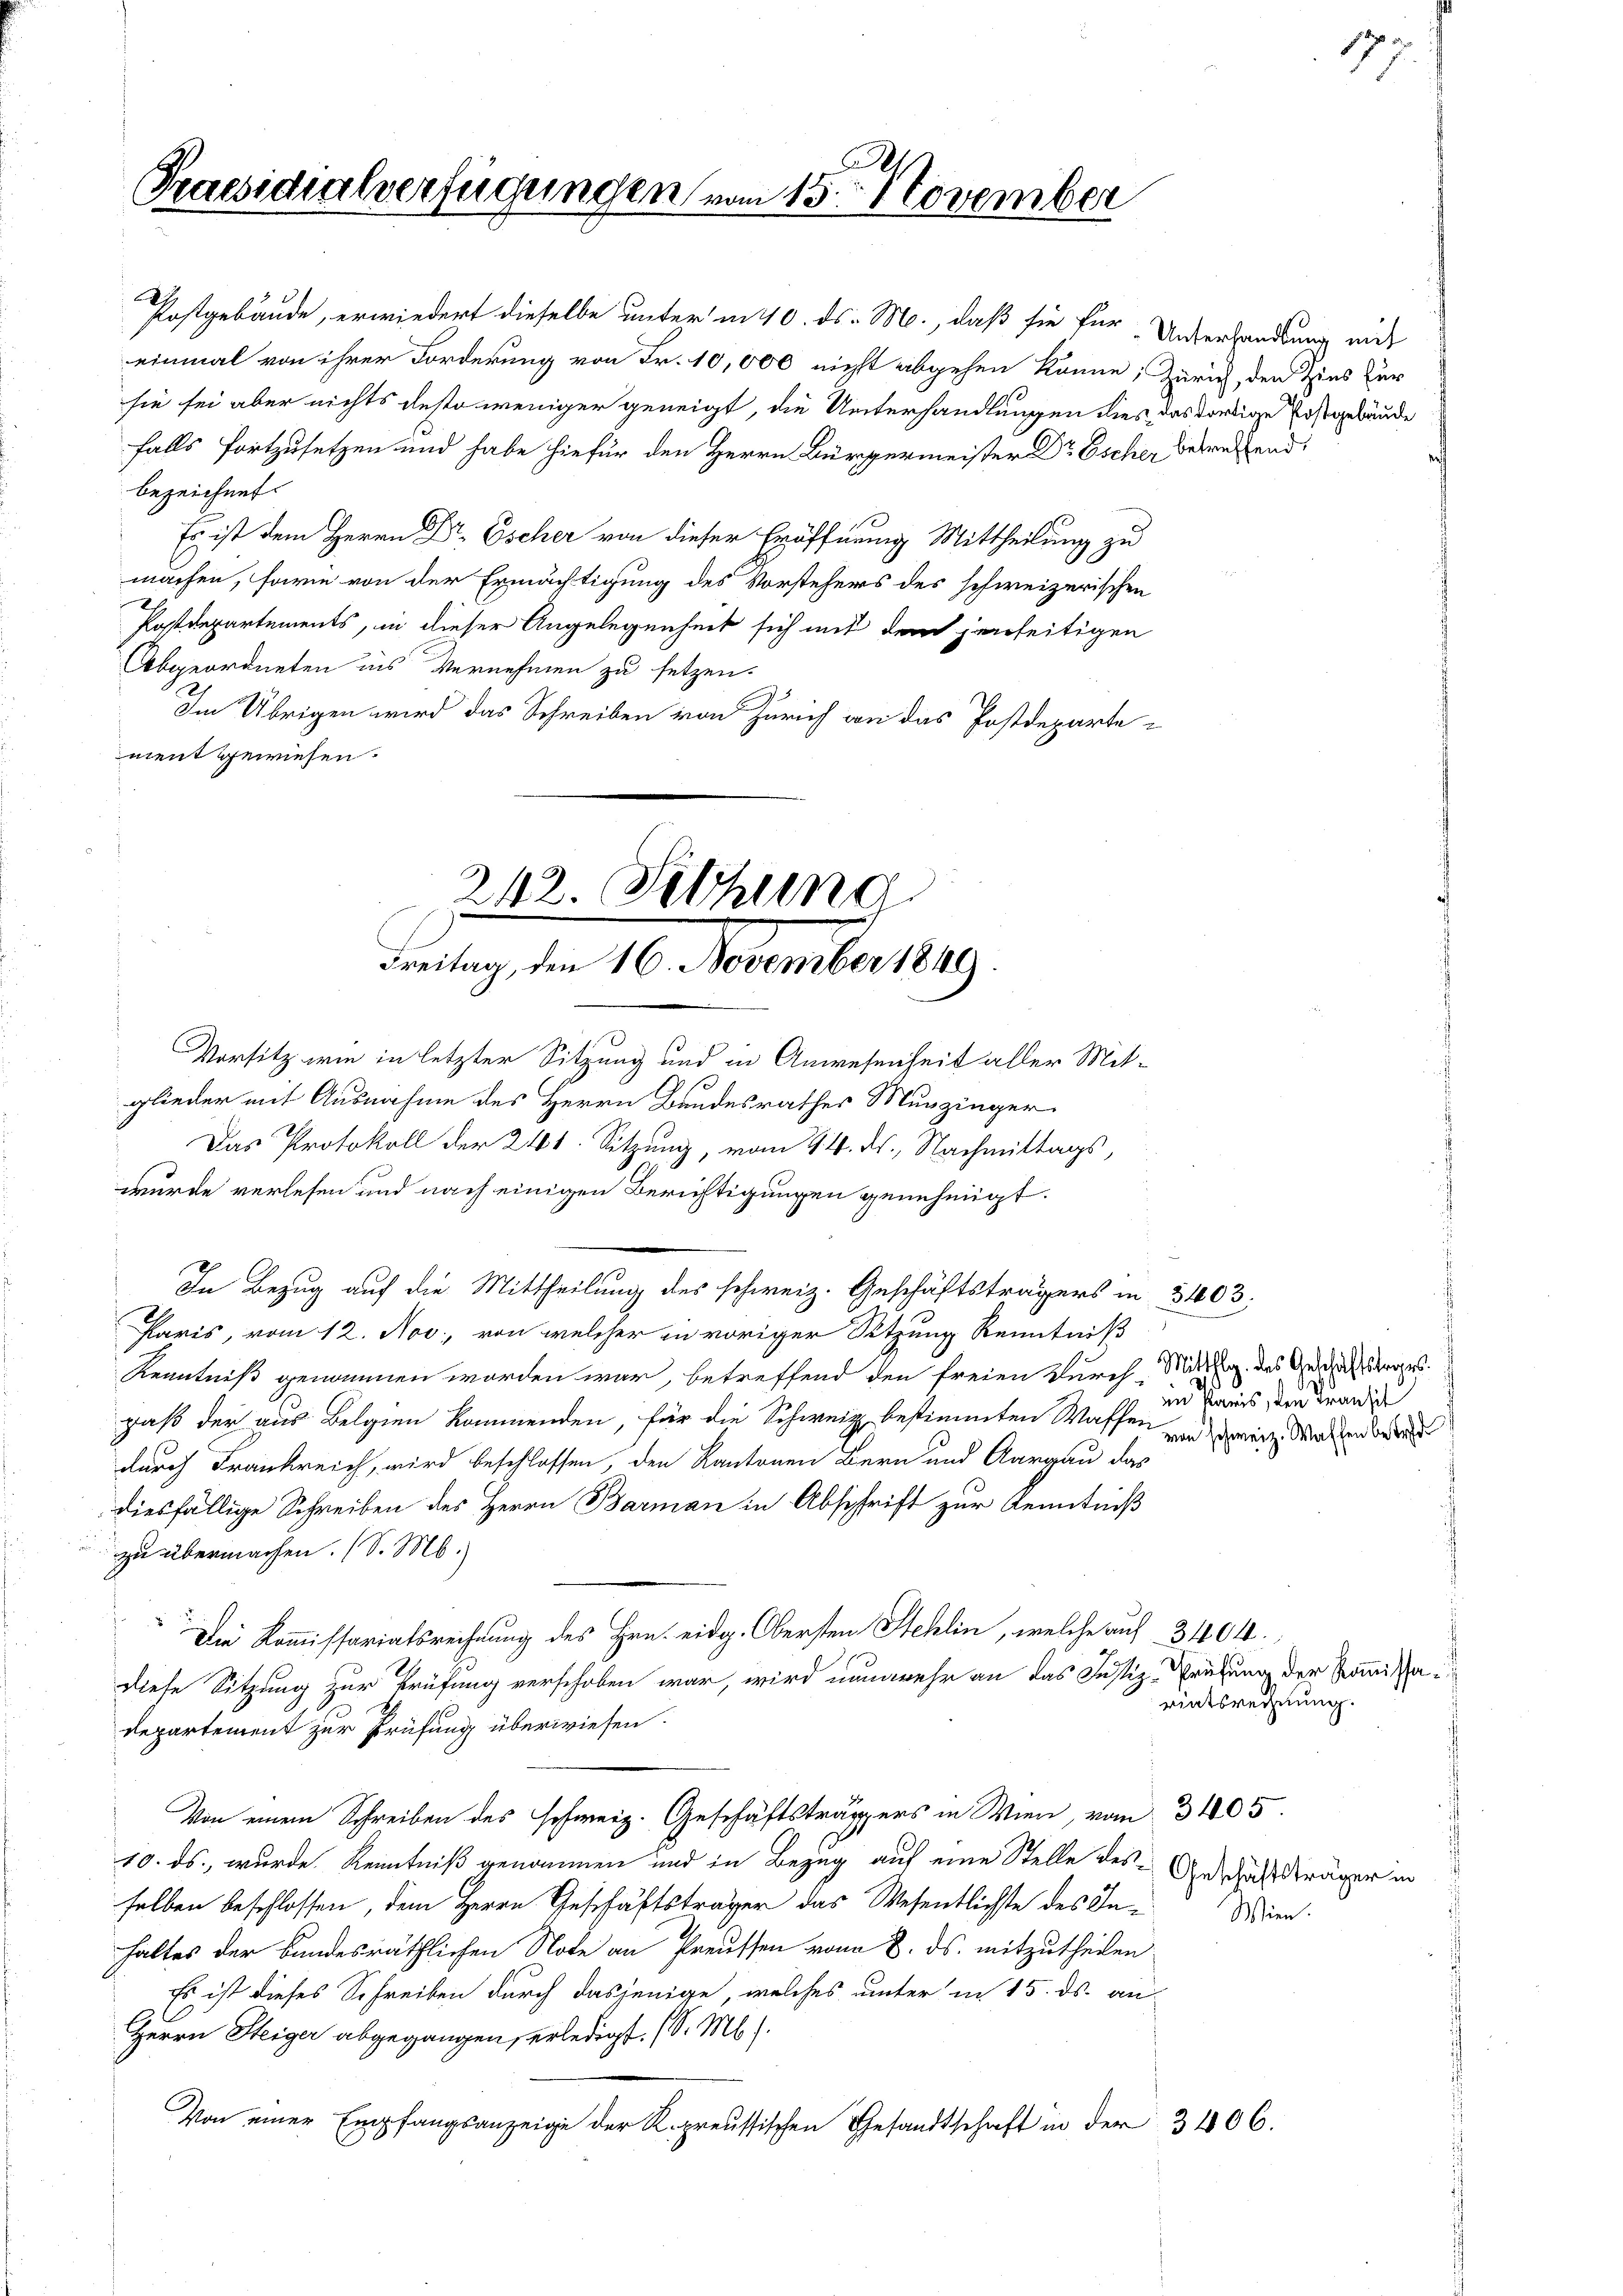
Praesidialverfügungen vom 15. November

Postgebäude, erwiedert dieselbe unter in 10. ds. M., daß sie für Unterhandlung mit
einmal von ihrer Forderung von Fr. 10,000 nicht abgehen könne, Zürich, den Zins zur
sie sei aber nichts desto weniger geneigt, die Unterhandlungen dies das dortige Postgebäude
falls fortzusetzen und habe hiefür den Herrn Bürgermeister Dr Escher betreffend
bezeichnet.
Es ist dem Herrn Dr Escher von dieser Eröffnung Mittheilung zu
machen, sowie von der Ermächtigung des Vorstehers des schweizerischen
Postdepartements, in dieser Angelegenheit sich mit dem jenseitigen
Abgeordneten ins Vernehmen zu setzen.
Im Übrigen wird das Schreiben von Zürich an das Postdeparte
ment gewiesen.

242. Setzung
drung dem 16. December 189

Vorsitz wie in letzter Sitzung und in Anwesenheit aller Mit-
Das Protokoll der 241. Sitzung, vom 14. ds., Nachmittags,

In Bezug auf die Mittheilung des schweiz. Geschäftsträgers in 3403,

glieder mit Ausnahme des Herrn Bandesrathes Munzinger
wurde verlesen und nach einigen Berichtigungen genehmigt.
Paris, vom 12. Nov., von welcher in voriger Sitzung Kenntniß
Kenntniß genommen worden war, betreffend den freien Durch Mittag des Geschaft sorges.
gaß der aus Belgien kommenden, für die Schweiz bestimmten Waffen
durch Frankreich, wird beschlossen, den Kantonen Bern und Aargau das
diesfällige Schreiben des Herrn Barman in Abschrift zur Kenntniß
zu übermachen. (S. M.)
Die Kommissariatsrechnung des Hrn. eidg. Obersten Stehlin, welche auf 3404.
diese Sitzung zur Prüfung verschoben war, wird nunmehr an das Justiz-Prüfung der Kommissa¬
Departement zur Prüfung überwiesen.
Von einem Schreiben des schweiz. Geschäftsträppers in Wien, vom 3105.
10. ds., wurde Kenntniß genommen und in Bezug auf eine Stelle des Geschäftsträger
selben beschlossen, dem Herrn Geschäftsträger das Wesentlichste des In-Wien
haltes der bundesräthlichen Note an Preussen vom 8. ds. mitzutheilen.
Es ist dieses Schreiben durch dasjenige, welches unter in 15. ds. an-
Herrn Steiger abgegangen, erledigt. (S. M.).
Von einer Empfangsanzeige der K. preussischen Gesandtschaft in der 3406.

in Paris, den Transit
von schweiz. Waffen betref

riatsrechnung.

177